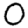
Digit: 0